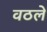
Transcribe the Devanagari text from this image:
वठले